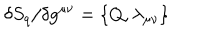
LaTeX: \delta S _ { q } / \delta g ^ { \mu \nu } = \{ Q , \lambda _ { \mu \nu } \}